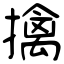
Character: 擒